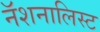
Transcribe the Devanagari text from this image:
नॅशनालिस्ट